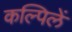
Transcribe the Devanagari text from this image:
कल्पिलें